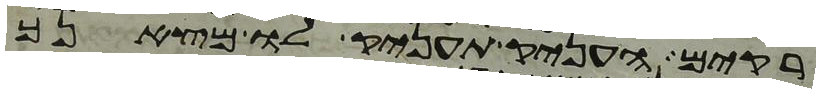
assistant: ריקם העניק תעניק לו מצאנך